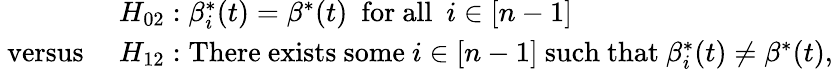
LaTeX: \begin{array}{rl}&{H_{02}:\beta_{i}^{*}(t)=\beta^{*}(t)~~\mathrm{for~all}~~i\in[n-1]}\\ {\mathrm{~versus~}}&{H_{12}:\mathrm{There~exists~some}\ i\in[n-1]\ \mathrm{such~that}\ \beta_{i}^{*}(t)\neq\beta^{*}(t),}\end{array}